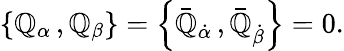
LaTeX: \left\{ \mathbb{Q}_{\alpha}\, ,\mathbb{Q}_{\beta}\right\} =\left\{ \bar{{\mathbb{Q}}}_{\dot{{\alpha}}}\, ,\bar{{\mathbb{Q}}}_{\dot{{\beta}}}\right\} =0.